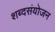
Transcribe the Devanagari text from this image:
शब्दसंयोजन